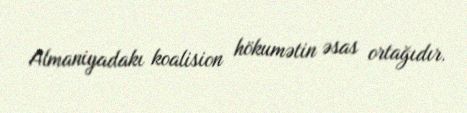
Almaniyadakı koalision hökumətin əsas ortağıdır.